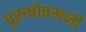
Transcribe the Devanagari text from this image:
पुरूषोत्तमजी